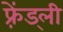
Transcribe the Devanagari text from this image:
फ़्रेंड्ली